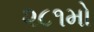
૨૮૧મો